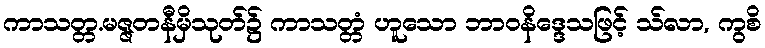
ကာသတ္တ.မဇ္ဇတနီမှိသုတ်၌ ကာသတ္တံ ဟူသော ဘာဝနိဒ္ဒေသဖြင့် သ်လာ, ကွစိ